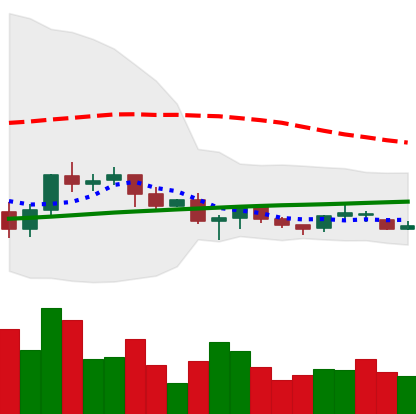
Ticker: XRP-USD
Chart end date: 2021-06-17
Forward return: -35.222%
Label: down_7plus